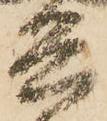
兵